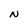
Character: N